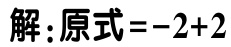
解：原式\(=-2 + 2\)